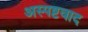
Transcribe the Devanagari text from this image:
अस्पष्टवाद